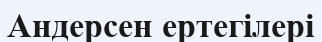
Андерсен ертегілері